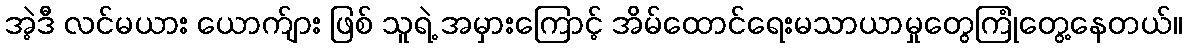
အဲ့ဒီ လင်မယား ယောက်ျား ဖြစ် သူရဲ့ အမှားကြောင့် အိမ်ထောင်ရေးမသာယာမှုတွေကြုံတွေ့နေတယ်။